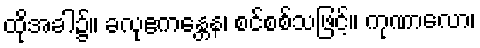
ထိုအခါ၌။ ခလုဧကန္တေန၊ စင်စစ်သဖြင့်။ ကုဏာလော၊